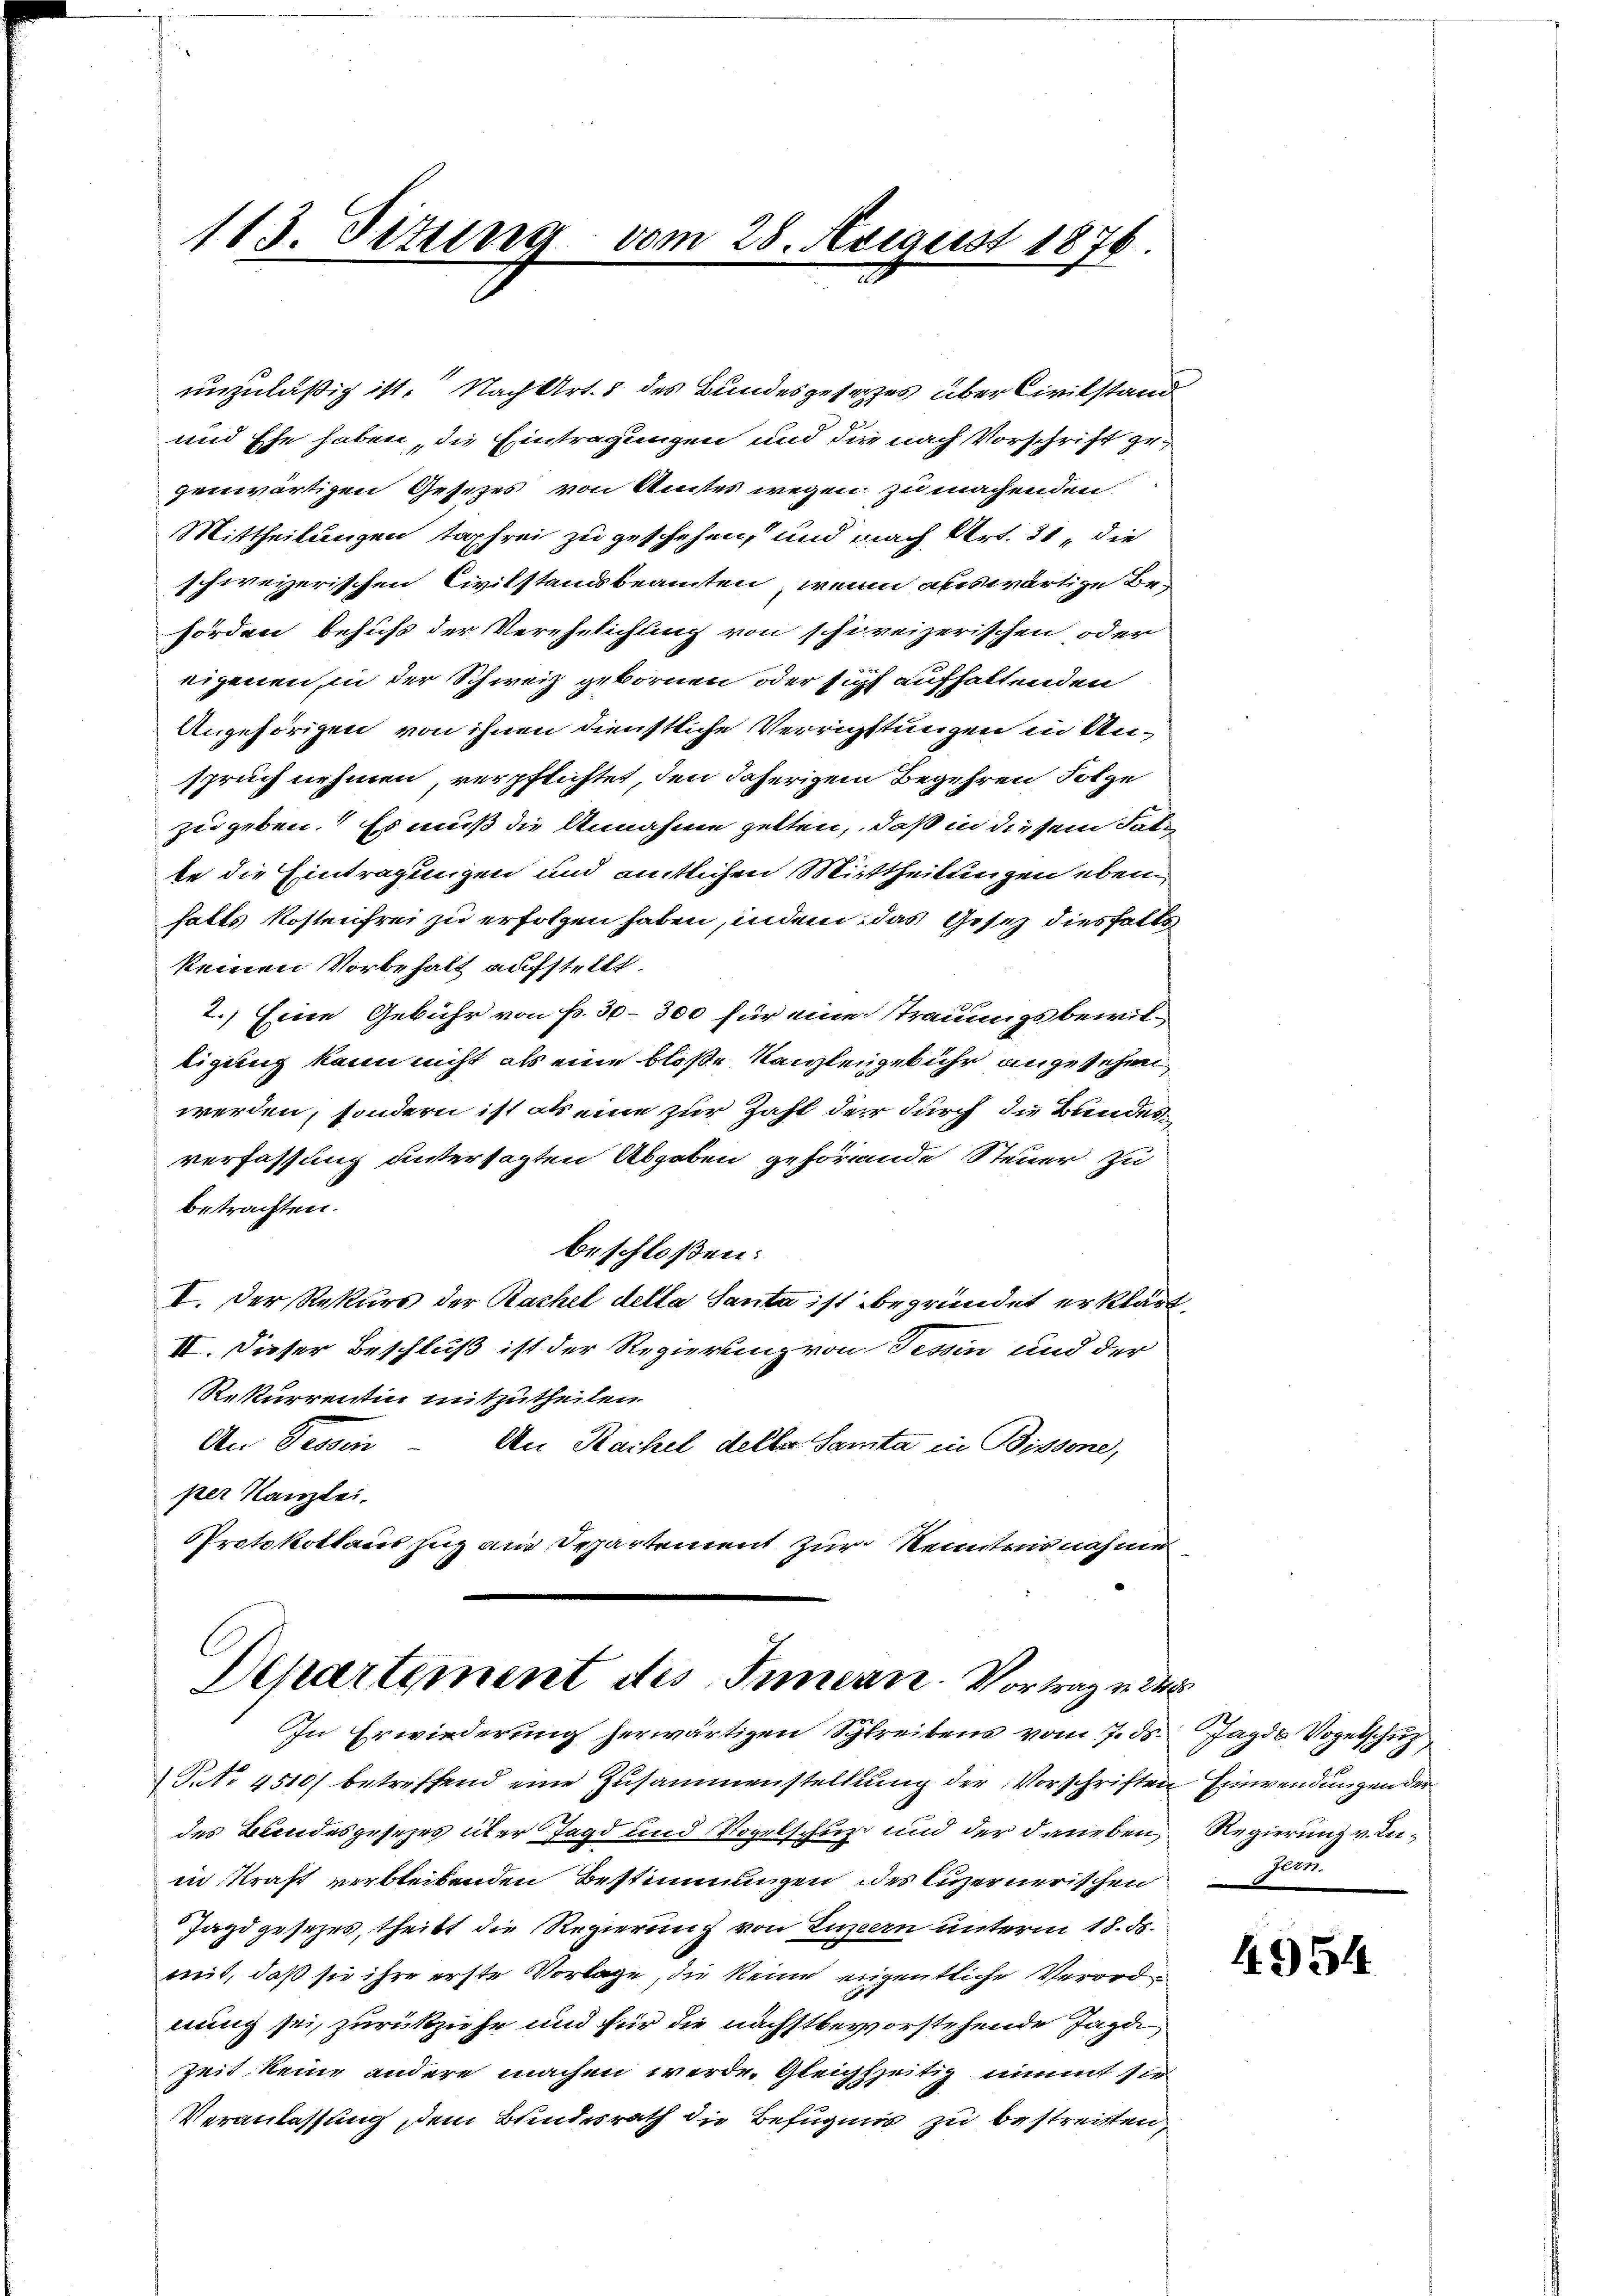
113. Jezing vom 28. August 1876.

unzuläßig ist. Nach Art. 8 des Bundesgesetzes über Civilstand
und Ehe haben, die Eintragungen und die nach Vorschrift gegenwärtigen Gesetzes von Amtes wegen zu machenden
Mittheilungen tapfrei zu geschehen, und nach Art. 31, die
schweizerischen Civilstandsbeamten, wenn auswärtige Be-
hörden behufs der Verehelichung von schireizerischen oder
eigenen, in der Schweiz gebornen oder sich aufhaltenden
Angehörigen von ihnen dienstliche Verrichtungen in Unspruch nehmen, verpflichtet, den daherigem Begehren Folge
zugeben. Es muß die Annahme zetten, daß in diesem Tatte die Eintragungen und amtlichen Mittheilungen eben
halts Kostenfrei zu erfolgen haben, indem das Gesez diesfalls
keinen Vorbehalt aufstellt.
2.) Eine Gebühr von P. 30–300 für eine Trauungsbewiltigung kann nicht als eine bloße Kanzleigebühr angesehen,
werden, sondern ist als eine zur Zahl der durch die Bundesverfassung untersagten Abgaben gehörende Steuer zu
betrachten.
beschloßen:
I. Der Rekurs der Rachel della Santa ist begründet erklärt,
II. Dieser Beschluß ist der Regierung von Tessin und der
Rekurrentin mitzutheilen.
An Prodein
An Kachel deller Sanita in Bissone,
per Kanzlei.
Protokollauszug aus Departement zur Kenntnisnahme

Departement des Innern. Vortrage des
In Erwiederung herwärtigen Schreibens vom 7. ds.

P.Nr. 4510/ betreffend eine Zusammenstellung der Vorschriften Einwendungen der
des Bundesgesezes über Jagd und Vogelschuz und der daneben
in Kraft verbleibenden Bestimmungen des Luzernerischen
Jagdgesezes, theilt die Regierung von Luzern unterm 18. ds.
mit, daß sie ihre erste Vorlage, die keine eigentliche Verordnung sei, zurückziehe und für die nächstbevorstehende Jagde
Zeit keine andere machen werde. Gleichzeitig nimmt sie
Veranlassung, dem Bundesrath die Befugnis zu bestreitten,

Jagds Vogelschuz
Regierung v. In¬
Jern.

43) 54